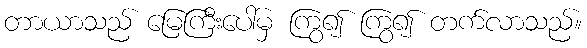
တာယာသည် မြေကြီးပေါ်မှ ကြွ၍ ကြွ၍ တက်လာသည်။